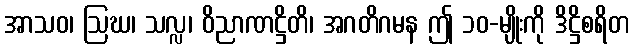
အာသဝ၊ ဩဃ၊ သလ္လ၊ ဝိညာဏဋ္ဌိတိ၊ အဂတိဂမန ဤ ၁၀-မျိုးကို ဒိဋ္ဌိစရိတ